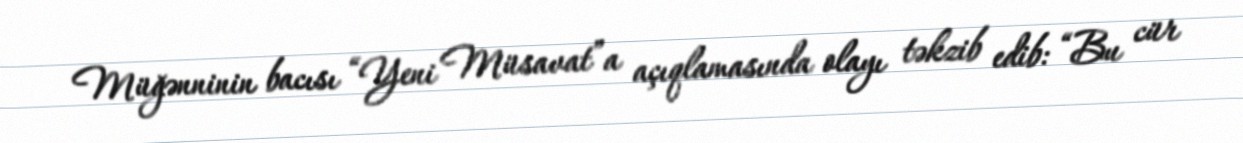
Müğənninin bacısı “Yeni Müsavat”a açıqlamasında olayı təkzib edib: “Bu cür